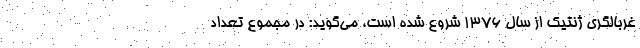
غربالگری ژنتیک از سال ۱۳۷۶ شروع شده است، می‌گوید: در مجموع تعداد